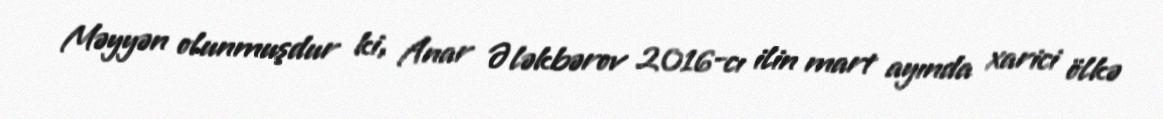
Məyyən olunmuşdur ki, Anar Ələkbərov 2016-cı ilin mart ayında xarici ölkə